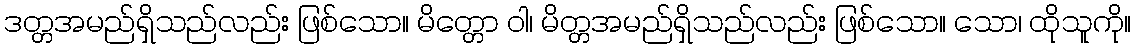
ဒတ္တအမည်ရှိသည်လည်း ဖြစ်သော။ မိတ္တော ဝါ၊ မိတ္တအမည်ရှိသည်လည်း ဖြစ်သော။ သော၊ ထိုသူကို။